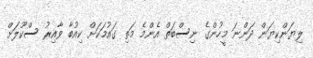
ލިޔަންކިޔަން ދަންނަ މީހުންގެ ނިސްބަތް އެންމެ މަތި ގައުމަކަށް ކިއުބާ ވާއިރު ސްކޫލަށް